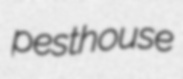
pesthouse